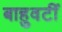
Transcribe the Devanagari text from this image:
बाहुवटीं